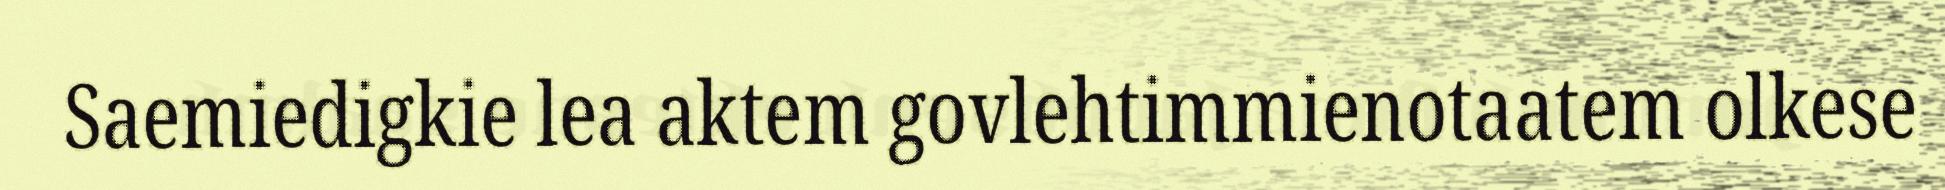
Saemiedigkie lea aktem govlehtimmienotaatem olkese